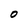
Character: 0